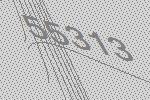
55313